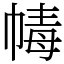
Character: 𢃶